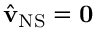
\hat { \mathbf { v } } _ { \mathrm { N S } } = \mathbf { 0 }